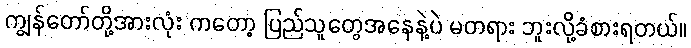
ကျွန်တော်တို့အားလုံး ကတော့ ပြည်သူတွေအနေနဲ့ပဲ မတရား ဘူးလို့ခံစားရတယ်။